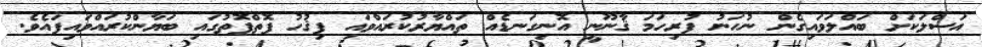
އަސްލަކަށް ބައްލަވައިގެން ނުހަނު ފުރިހަމަ ޤާނޫނީ އޮނިގަނޑެއް ތައްޔާރުކުރައްވައި ފިޤުހު ފޮތްފޮތުގައި ބަޔާންކުރައްވައިފައެވެ.